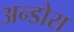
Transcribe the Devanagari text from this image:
अन्डोरा